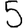
Digit: 5